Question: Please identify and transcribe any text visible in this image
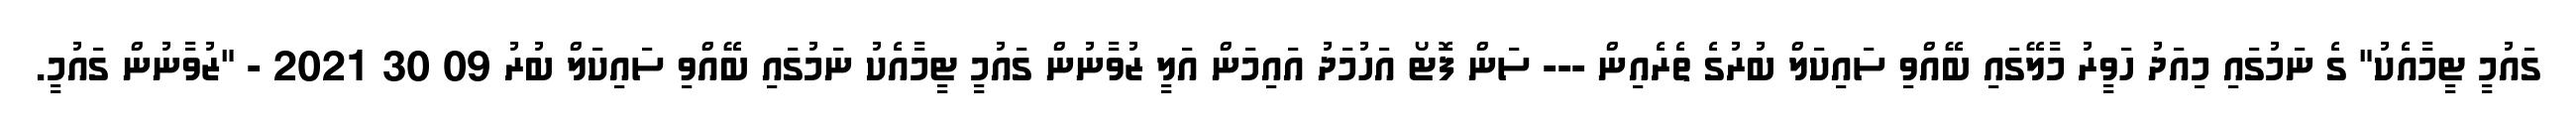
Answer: ގައުމީ ޓީމާއެކު" ގެ ނަމުގައި މިއަދު ހަވީރު މާލޭގައި ބޭއްވި ސައިކަލް ބުރުގެ ތެރެއިން --- ސަން ފޮޓޯ އަހުމަދު އައިމަން އަލީ ޒުވާނުން ގައުމީ ޓީމާއެކު ނަމުގައި ބޭއްވި ސައިކަލް ބުރު 09 30 2021 - "ޒުވާނުން ގައުމީ.